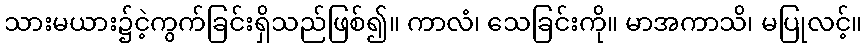
သားမယား၌ငဲ့ကွက်ခြင်းရှိသည်ဖြစ်၍။ ကာလံ၊ သေခြင်းကို။ မာအကာသိ၊ မပြုလင့်။